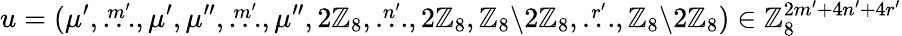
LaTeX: u=(\mu^{\prime},\stackrel{m^{\prime}}{\dots},\mu^{\prime},\mu^{\prime\prime},\stackrel{m^{\prime}}{\dots},\mu^{\prime\prime},2\mathbb{Z}_{8},\stackrel{n^{\prime}}{\dots},2\mathbb{Z}_{8},\mathbb{Z}_{8}{\setminus}2\mathbb{Z}_{8},\stackrel{r^{\prime}}{\dots},\mathbb{Z}_{8}{\setminus}2\mathbb{Z}_{8})\in\mathbb{Z}_{8}^{2m^{\prime}+4n^{\prime}+4r^{\prime}}